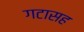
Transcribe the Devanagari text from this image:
गटासह